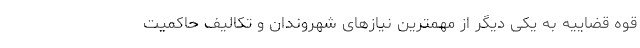
قوه قضاییه به یکی دیگر از مهمترین نیازهای شهروندان و تکالیف حاکمیت